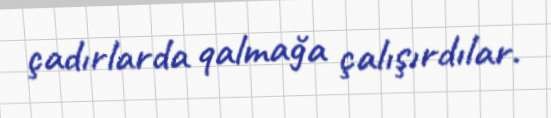
çadırlarda qalmağa çalışırdılar.